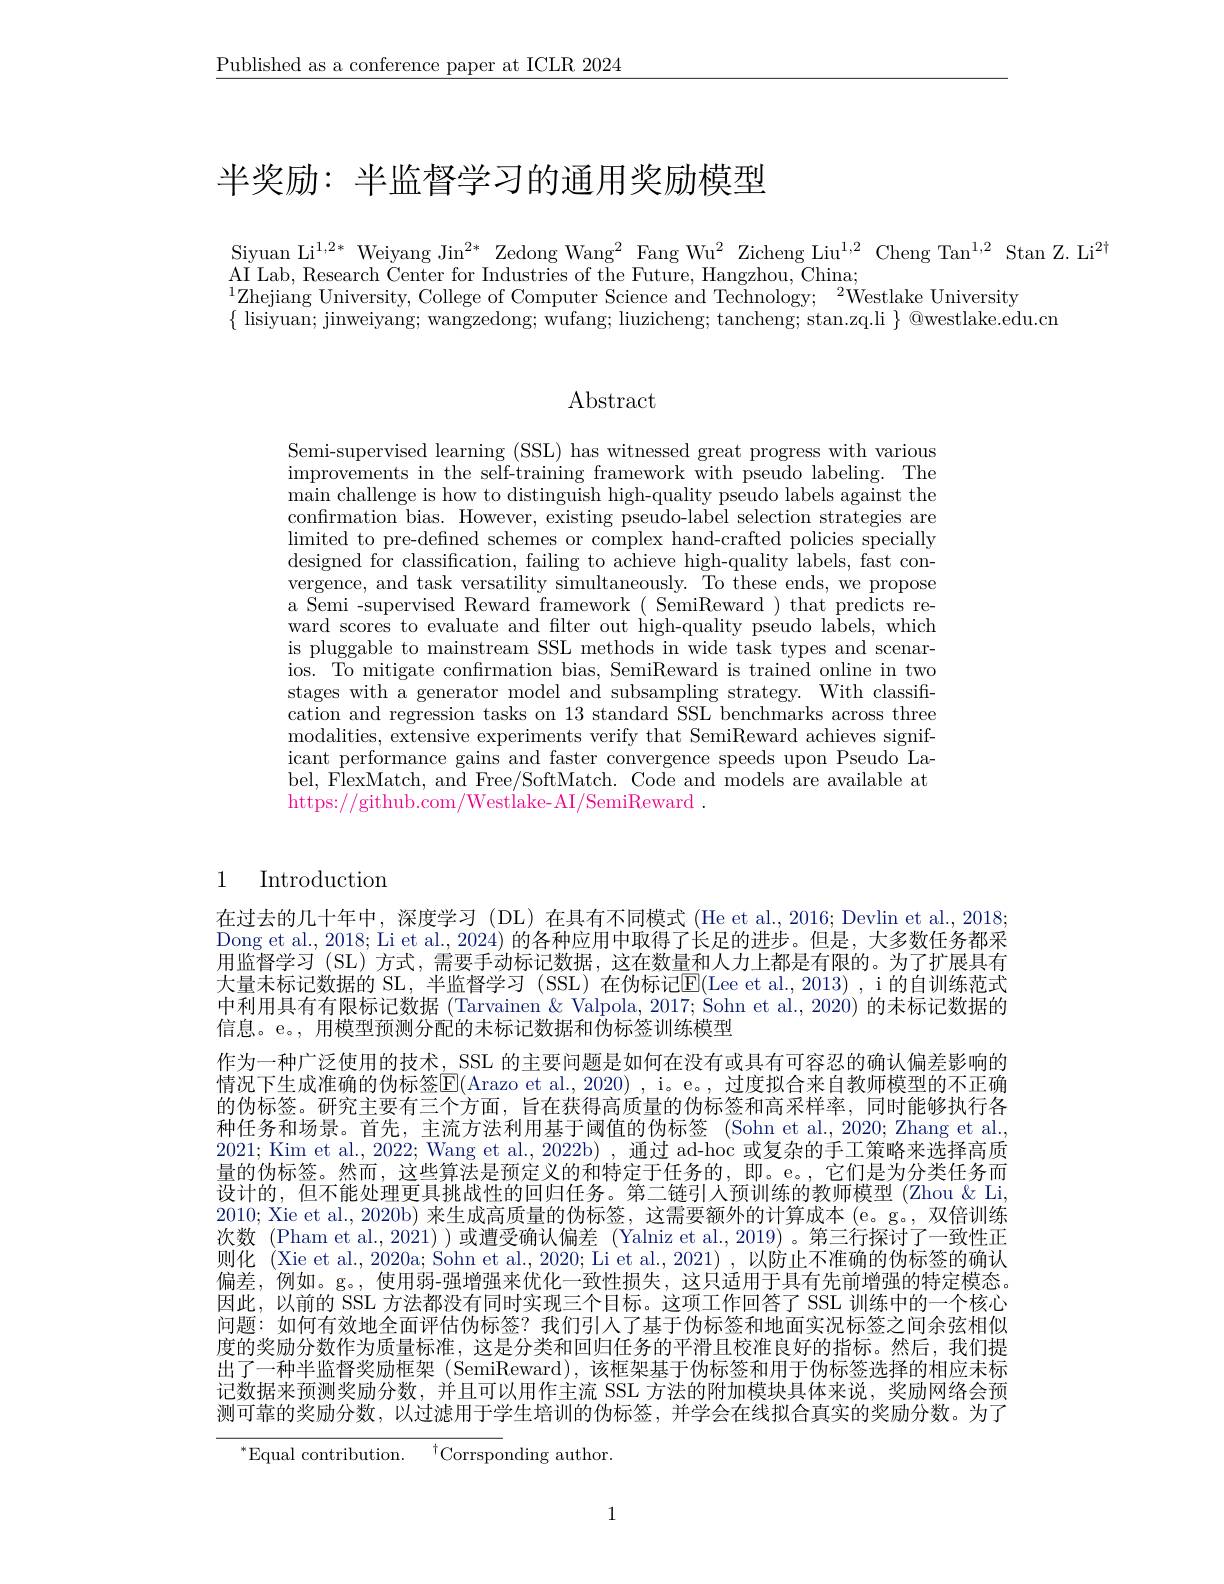
$\underline{\text{Published as a conference paper at ICLR 2024}}$

# 半奖励：半监督学习的通用奖励模型

Siyuan Li$^{1,2*}$ Weiyang Jin$^{2*}$ Zedong Wang$^2$ Fang Wu$^2$ Zicheng Liu$^{1,2}$ Cheng Tan$^1,2$ Stan Z. Li$^{2\dagger}$
$\underset{{\mathrm{AI}}}{\operatorname*{\operatorname*{\operatorname*{AI}}}}$Lab, Research Center for Industries of the Future, Hangzhou, China;
$^{1}$Zhejiang University, College of Computer Science and Technology; $^2$Westlake University
$\{$ lisiyuan; jinweiyang; wangzedong; wufang; liuzicheng; tancheng; stan.zq.li $\}$ @westlake.edu.cn

## Abstract

Semi-supervised learning (SSL) has witnessed great progress with various improvements in the self-training framework with pseudo labeling. The main challenge is how to distinguish high-quality pseudo labels against the confırmation bias. However, existing pseudo-label selection strategies are limited to pre-defined schemes or complex hand-crafted policies specially designed for classification, failing to achieve high-quality labels, fast convergence, and task versatility simultaneously. To these ends, we propose a Semi -supervised Reward framework ( SemiReward ) that predicts reward scores to evaluate and filter out high-quality pseudo labels, which is pluggable to mainstream SSL methods in wide task types and scenarios. To mitigate confırmation bias, SemiReward is trained online in two stages with a generator model and subsampling strategy. With classiffcation and regression tasks on 13 standard SSL benchmarks across three modalities, extensive experiments verify that SemiReward achieves signif- icant performance gains and faster convergence speeds upon Pseudo Label, FlexMatch, and Free/SoftMatch. Code and models are available at https://github.com/Westlake- AI/SemiReward .

## 1 Introduction

在过去的几十年中，深度学习 (DL)在具有不同模式 (He et al.,2016; Devlin et al.,2018; Dong et al., 2018; Li et al., 2024) 的各种应用中取得了长足的进步。但是，大多数任务都采用监督学习 (SL) 方式，需要手动标记数据，这在数量和人力上都是有限的。为了扩展具有大量未标记数据的 SL, 半监督学习 (SSL)在伪标记$\overline{\mathrm{E}}($Lee et al.,2013),i 的自训练范式中利用具有有限标记数据 (Tarvainen & Valpola, 2017; Šohn et al., 2020) 的未标记数据的信息。e。, 用模型预测分配的未标记数据和伪标签训练模型
作为一种广泛使用的技术，SSL 的主要问题是如何在没有或具有可容忍的确认偏差影响的情况下生成准确的伪标签E(Arazo et al., 2020) , i。e。, 过度拟合来自教师模型的不正确的伪标签。研究主要有三个方面，旨在获得高质量的伪标签和高采样率，同时能够执行各种任务和场景。首先，主流方法利用基于阈值的伪标签 (Sohn et al.,2020; Zhang et al., 2021; Kim et al., 2022; Wang et al., 2022b) , 通过 ad-hoc 或复杂的手工策略来选择高质量的伪标签。然而，这些算法是预定义的和特定于任务的，即。e。,它们是为分类任务而设计的，但不能处理更具挑战性的回归任务。第二链引人预训练的教师模型 (Zhou & Li, 2010; Xie et al., 2020b) 来生成高质量的伪标签，这需要额外的计算成本(e。g。, 双倍训练次数 (Pham et al., 2021) )或遭受确认偏差 (Yalniz et al., 2019)。第三行探讨了一致性正则化 (Xie et al., 2020a; Sohn et al., 2020; Li et al., 2021) , 以防止不准确的伪标签的确认偏差，例如。g。,使用弱-强增强来优化一致性损失，这只适用于具有先前增强的特定模态。因此，以前的 SSL 方法都没有同时实现三个目标。这项工作回答了 SSL 训练中的一个核心问题：如何有效地全面评估伪标签？我们引人了基于伪标签和地面实况标签之间余弦相似度的奖励分数作为质量标准，这是分类和回归任务的平滑且校准良好的指标。然后，我们提出了一种半监督奖励框架(SemiReward),该框架基于伪标签和用于伪标签选择的相应未标记数据来预测奖励分数，并且可以用作主流 SSL 方法的附加模块具体来说，奖励网络会预测可靠的奖励分数，以过滤用于学生培训的伪标签，并学会在线拟合真实的奖励分数。为了

$^{*}$Equal contribution.$\:^{\dagger}$Corrsponding author.

1